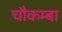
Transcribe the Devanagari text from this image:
चौकम्‍बा